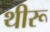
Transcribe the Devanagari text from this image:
थीरू